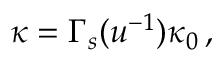
\kappa = \Gamma _ { s } ( u ^ { - 1 } ) \kappa _ { 0 } \, ,